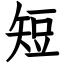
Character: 短